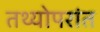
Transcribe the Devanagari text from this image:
तथ्योपरांत